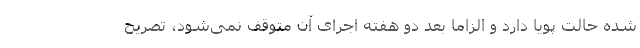
شده حالت پویا دارد و الزاما بعد دو هفته اجرای آن متوقف نمی‌شود، تصریح